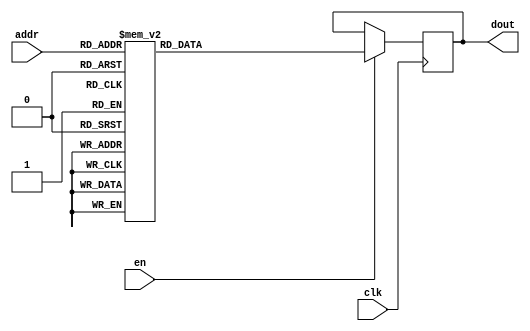
`timescale 1ns / 1ps
/*
Copyright
All right reserved.
Module Name: rom_syn
Author  : Zichuan Liu, Yixing Li and Wenye Liu.
Description:
A synthesized ROM: ROM_DEP x ROM_WID
*/
module DC_5_REF_ROM_0(
// inputs
clk,
en,
addr,
// outputs
dout
);
localparam ROM_WID = 14;
localparam ROM_DEP = 128;
localparam ROM_ADDR = 7;
// input definition
input clk;
input en;
input [ROM_ADDR-1:0] addr;
// output definition
output [ROM_WID-1:0] dout;
reg [ROM_WID-1:0] data;
always @(posedge clk)
begin
if (en) begin
case(addr)
		7'd0: data <= 14'b01000110101011;
		7'd1: data <= 14'b01001010101010;
		7'd2: data <= 14'b01001001110000;
		7'd3: data <= 14'b01001001110010;
		7'd4: data <= 14'b01001100111000;
		7'd5: data <= 14'b01001010000101;
		7'd6: data <= 14'b01001011110111;
		7'd7: data <= 14'b01001000001100;
		7'd8: data <= 14'b01001100001100;
		7'd9: data <= 14'b01001011011101;
		7'd10: data <= 14'b01001000001010;
		7'd11: data <= 14'b01001000111011;
		7'd12: data <= 14'b01001011101010;
		7'd13: data <= 14'b01001010110000;
		7'd14: data <= 14'b01000101011110;
		7'd15: data <= 14'b01001000100100;
		7'd16: data <= 14'b01001011111101;
		7'd17: data <= 14'b01001111110011;
		7'd18: data <= 14'b01001010011001;
		7'd19: data <= 14'b01000111111110;
		7'd20: data <= 14'b01001100101000;
		7'd21: data <= 14'b01001011101110;
		7'd22: data <= 14'b01001001001011;
		7'd23: data <= 14'b01001100111110;
		7'd24: data <= 14'b01001010101011;
		7'd25: data <= 14'b01000111101001;
		7'd26: data <= 14'b01001000101110;
		7'd27: data <= 14'b01001100011100;
		7'd28: data <= 14'b01001010101010;
		7'd29: data <= 14'b01001001110110;
		7'd30: data <= 14'b01001000010100;
		7'd31: data <= 14'b01001011110101;
		7'd32: data <= 14'b01001000001011;
		7'd33: data <= 14'b01001011001111;
		7'd34: data <= 14'b01001011001010;
		7'd35: data <= 14'b01001001000011;
		7'd36: data <= 14'b01001010111011;
		7'd37: data <= 14'b01001000000110;
		7'd38: data <= 14'b01001010011000;
		7'd39: data <= 14'b01001010111011;
		7'd40: data <= 14'b01001000000101;
		7'd41: data <= 14'b01001001100000;
		7'd42: data <= 14'b01001110100001;
		7'd43: data <= 14'b01001010110010;
		7'd44: data <= 14'b01001100000001;
		7'd45: data <= 14'b01001110001111;
		7'd46: data <= 14'b01000101111111;
		7'd47: data <= 14'b01000111100101;
		7'd48: data <= 14'b01001101111000;
		7'd49: data <= 14'b01001001111110;
		7'd50: data <= 14'b01000111100110;
		7'd51: data <= 14'b01001101101110;
		7'd52: data <= 14'b01001000100000;
		7'd53: data <= 14'b01001000110101;
		7'd54: data <= 14'b01001010110001;
		7'd55: data <= 14'b01001111000100;
		7'd56: data <= 14'b01001001010110;
		7'd57: data <= 14'b01001010001001;
		7'd58: data <= 14'b01000110111000;
		7'd59: data <= 14'b01001001100010;
		7'd60: data <= 14'b01001000100000;
		7'd61: data <= 14'b01001100000111;
		7'd62: data <= 14'b01001010011101;
		7'd63: data <= 14'b01001100111010;
		7'd64: data <= 14'b01001000100110;
		7'd65: data <= 14'b01001010010010;
		7'd66: data <= 14'b01001001001110;
		7'd67: data <= 14'b01001010100010;
		7'd68: data <= 14'b01001010001111;
		7'd69: data <= 14'b01001100010001;
		7'd70: data <= 14'b01001010111110;
		7'd71: data <= 14'b01001101000000;
		7'd72: data <= 14'b01001101101011;
		7'd73: data <= 14'b01000110011010;
		7'd74: data <= 14'b01001100010101;
		7'd75: data <= 14'b01000011010010;
		7'd76: data <= 14'b01001000110001;
		7'd77: data <= 14'b01001101111000;
		7'd78: data <= 14'b01001000001010;
		7'd79: data <= 14'b01000011110010;
		7'd80: data <= 14'b01001100010100;
		7'd81: data <= 14'b01001010111111;
		7'd82: data <= 14'b01001100000001;
		7'd83: data <= 14'b01001100110000;
		7'd84: data <= 14'b01001001001000;
		7'd85: data <= 14'b01001000001110;
		7'd86: data <= 14'b01000100111101;
		7'd87: data <= 14'b01001100001000;
		7'd88: data <= 14'b01001010001011;
		7'd89: data <= 14'b01001010000111;
		7'd90: data <= 14'b01000101001000;
		7'd91: data <= 14'b01001010100111;
		7'd92: data <= 14'b01001101000110;
		7'd93: data <= 14'b01001010001001;
		7'd94: data <= 14'b01001011010000;
		7'd95: data <= 14'b01000100011011;
		7'd96: data <= 14'b01001010010111;
		7'd97: data <= 14'b01001000010101;
		7'd98: data <= 14'b01001001010110;
		7'd99: data <= 14'b01001010101101;
		7'd100: data <= 14'b01000111111000;
		7'd101: data <= 14'b01001100100101;
		7'd102: data <= 14'b01000001111010;
		7'd103: data <= 14'b01001100100101;
		7'd104: data <= 14'b01001000011000;
		7'd105: data <= 14'b01001100110011;
		7'd106: data <= 14'b01001001011001;
		7'd107: data <= 14'b01001100100101;
		7'd108: data <= 14'b01001010001011;
		7'd109: data <= 14'b01001010100011;
		7'd110: data <= 14'b01001011101101;
		7'd111: data <= 14'b01001001000001;
		7'd112: data <= 14'b01000110101001;
		7'd113: data <= 14'b01001000010010;
		7'd114: data <= 14'b01001010101101;
		7'd115: data <= 14'b01001010001001;
		7'd116: data <= 14'b01001001110100;
		7'd117: data <= 14'b01001010110111;
		7'd118: data <= 14'b01001000001111;
		7'd119: data <= 14'b01001100111101;
		7'd120: data <= 14'b01000111000011;
		7'd121: data <= 14'b01001010101011;
		7'd122: data <= 14'b01001000100111;
		7'd123: data <= 14'b01001001001000;
		7'd124: data <= 14'b01001011011001;
		7'd125: data <= 14'b01001000100000;
		7'd126: data <= 14'b01001010110011;
		7'd127: data <= 14'b01001101110000;
		endcase
		end
	end
	assign dout = data;
endmodule